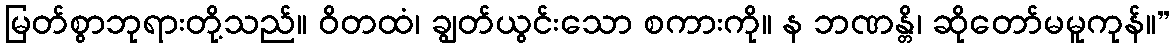
မြတ်စွာဘုရားတို့သည်။ ဝိတထံ၊ ချွတ်ယွင်းသော စကားကို။ န ဘဏန္တိ၊ ဆိုတော်မမူကုန်။”